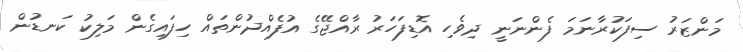
މަންޒަރު ސިފަކުރާނަމަ ފެންނަނީ ދިވެހި އޮޑިފަހަރު ރާއްޖޭގެ އުފެއްދުންތައް ހިފައިގެން މަލިކު ކަނޑުން